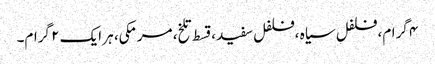
۴ گرام، فلفل سیاہ ،فلفل سفید ،قسط تلخ، مرمکی، ہر ایک ۲ گرام۔